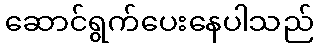
ဆောင်ရွက်ပေးနေပါသည်